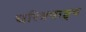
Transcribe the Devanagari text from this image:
चरित्रवाङ्मय